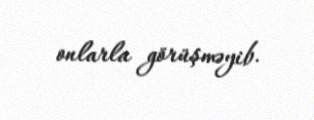
onlarla görüşməyib.